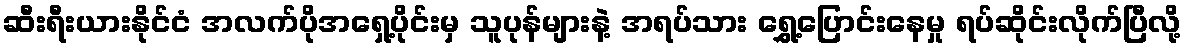
ဆီးရီးယားနိုင်ငံ အလက်ပိုအရှေ့ပိုင်းမှ သူပုန်များနဲ့ အရပ်သား ရွှေ့ပြောင်းနေမှု ရပ်ဆိုင်းလိုက်ပြီလို့